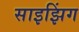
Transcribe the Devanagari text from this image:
साइझिंग